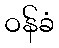
ဝန်ခံ